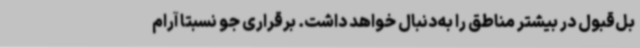
بل‌قبول در بیشتر مناطق را به‌دنبال خواهد داشت. برقراری جو نسبتا آرام